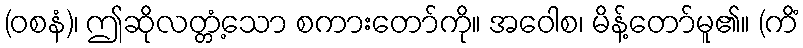
(ဝစနံ)၊ ဤဆိုလတ္တံ့သော စကားတော်ကို။ အဝေါစ၊ မိန့်တော်မူ၏။ (ကိံ